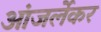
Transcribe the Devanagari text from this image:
आंजर्लेकर